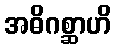
အဓိဂစ္ဆာဟိ